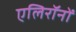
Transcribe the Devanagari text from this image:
एलिरॉनों